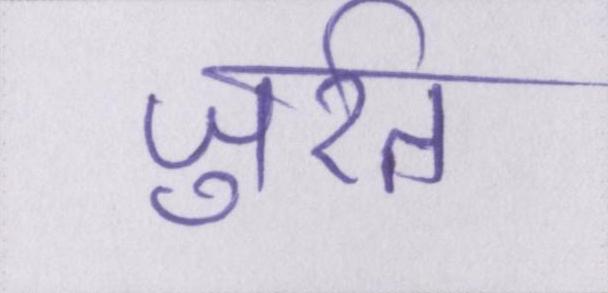
जुर्रत